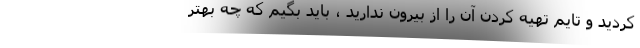
کردید و تایم تهیه کردن آن را از بیرون ندارید ، باید بگیم که چه بهتر